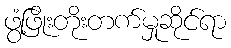
ဖွံ့ဖြိုးတိုးတက်မှုဆိုင်ရာ